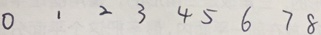
0 1 2 3 4 5 6 7 8